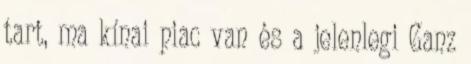
tart, ma kínai piac van és a jelenlegi Ganz